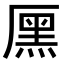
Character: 𠪩